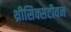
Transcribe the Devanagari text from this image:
थ्रीसिक्सटीवन